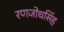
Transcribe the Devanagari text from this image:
रणजोधसिंह